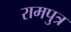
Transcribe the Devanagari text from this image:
रामपुत्र